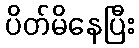
ပိတ်မိနေပြီး